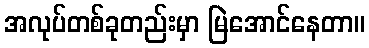
အလုပ်တစ်ခုတည်းမှာ မြဲအောင်နေတာ။